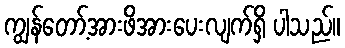
ကျွန်တော့်အားဖိအားပေးလျက်ရှိ ပါသည်။